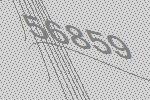
56859